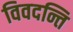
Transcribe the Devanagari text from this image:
विवदन्ति